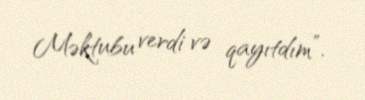
Məktubu verdi və qayıtdım”.